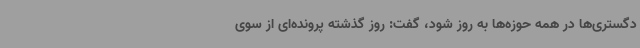
دگستری‌ها در همه حوزه‌ها به روز شود، گفت: روز گذشته پرونده‌ای از سوی